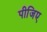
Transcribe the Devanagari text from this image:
पीजिए